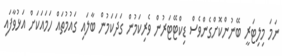
ނަމަ މިލިޓަރީ ބޭނުންކޮށްގެންވެސް ޑިކްޓޭޓަރުން ވެރިކަމުން ގަދަކަމުން ބާލައި ގައުމުތައް ހަމައަކަށް އަޅުވާފައި